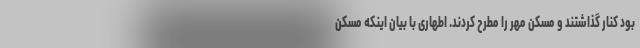
بود کنار گذاشتند و مسکن مهر را مطرح کردند. اطهاری با بیان اینکه مسکن